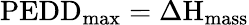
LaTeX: \textrm{PEDD}_{\textrm{max}}=\Delta\textrm{H}_{\textrm{mass}}